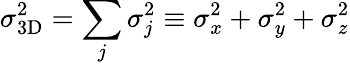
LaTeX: \sigma_{\mathrm{3D}}^{2}=\sum_{j}\sigma_{j}^{2}\equiv\sigma_{x}^{2}+\sigma_{y}^{2}+\sigma_{z}^{2}